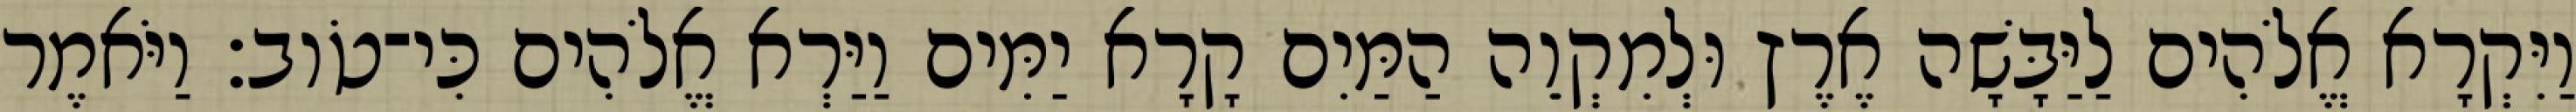
וַיִּקְרָא אֱלֹהִים לַיַּבָּשָׁה אֶרֶץ וּלְמִקְוֵה הַמַּיִם קָרָא יַמִּים וַיַּרְא אֱלֹהִים כִּי־טֹוב׃ וַיֹּאמֶר